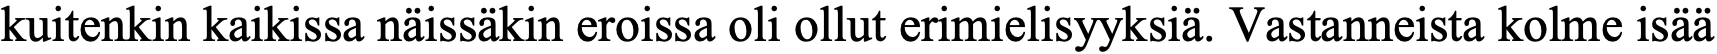
kuitenkin kaikissa näissäkin eroissa oli ollut erimielisyyksiä. Vastanneista kolme isää